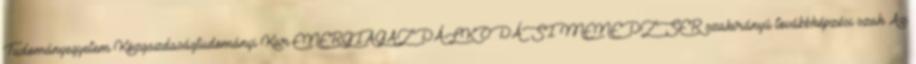
Tudományegyetem Közgazdaságtudományi Kar ENERGIAGAZDÁLKODÁSI MENEDZSER szakirányú továbbképzési szak Az